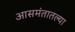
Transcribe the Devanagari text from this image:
आसमंतातल्या